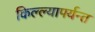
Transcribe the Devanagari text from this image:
किल्ल्यापर्यन्त